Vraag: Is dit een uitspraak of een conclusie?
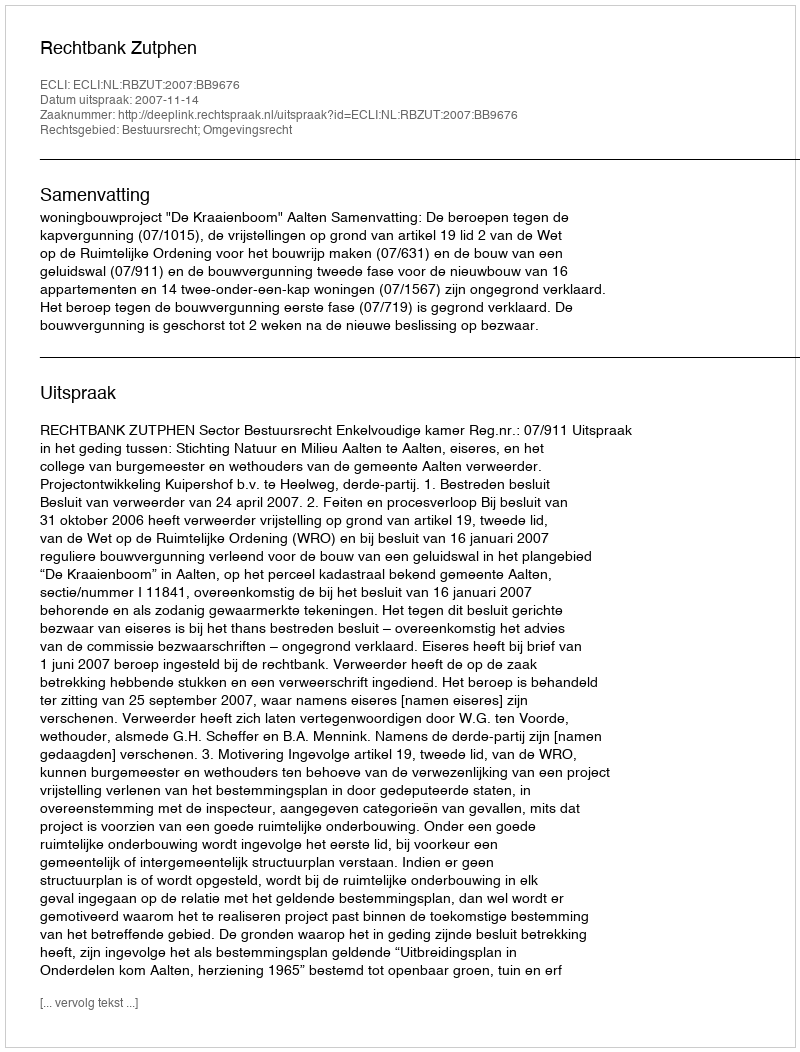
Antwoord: Uitspraak